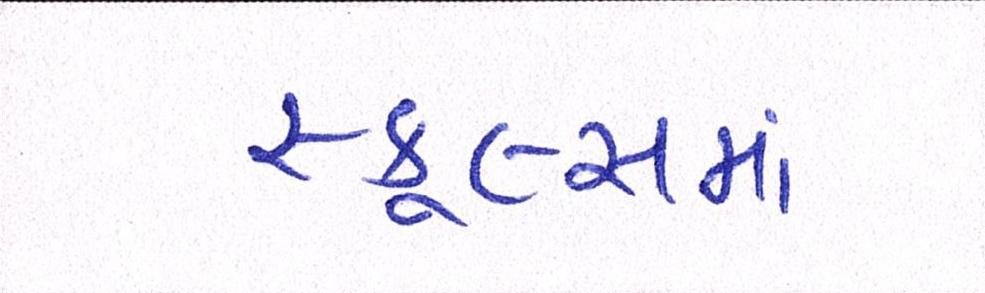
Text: સ્કૂલ્સમાં